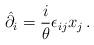
LaTeX: \begin{align*}\hat{\partial}_{i}=\displaystyle{\frac{i}{\theta}}\epsilon_{ij}x_{j}\,.\end{align*}